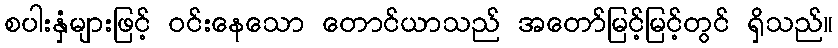
စပါးနှံများဖြင့် ဝင်းနေသော တောင်ယာသည် အတော်မြင့်မြင့်တွင် ရှိသည်။